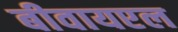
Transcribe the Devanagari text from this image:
बीवायएल